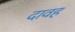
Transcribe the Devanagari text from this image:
दावह